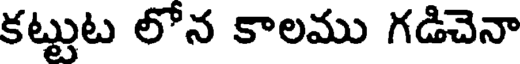
కట్టుట లోన కాలము గడిచెనా